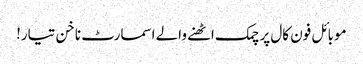
موبائل فون کال پر چمک اٹھنے والے اسمارٹ ناخن تیار!